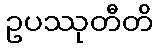
ဥပဿုတီတိ